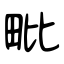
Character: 毗